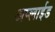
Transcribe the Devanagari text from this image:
अप्‍लाईड